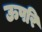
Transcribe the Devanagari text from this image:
ऊपरि